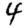
Digit: 4